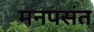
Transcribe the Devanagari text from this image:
मनपसंत